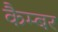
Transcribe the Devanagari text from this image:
कैम्बर